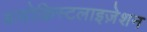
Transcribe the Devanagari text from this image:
बायोक्रिस्टलाइज़ेशन